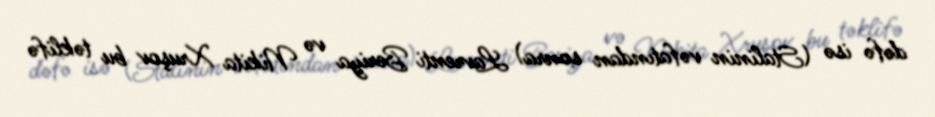
dəfə isə (Stalinin vəfatından sonra) Lavrenti Beriya və Nikita Xruşov bu təklifə